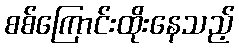
စစ်ကြောင်းထိုးနေသည့်